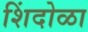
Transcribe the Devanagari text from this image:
शिंदोळा